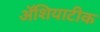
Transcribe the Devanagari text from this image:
ॲशियाटीक